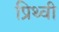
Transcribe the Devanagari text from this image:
प्रिथ्वी